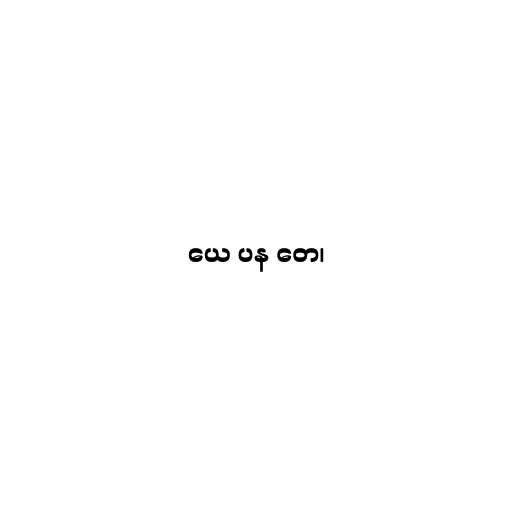
ယေ ပန တေ၊